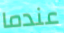
عندما